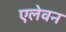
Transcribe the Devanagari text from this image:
एलेवन